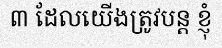
៣ ដែលយើងត្រូវបន្ត ខ្ញុំ